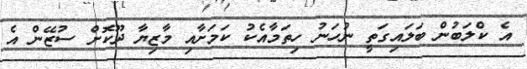
އެ ކްލަބުން ބަލައިގަތީ ނުހަނު ހިތަމާއެކު ކަމަށާއި މާޒިޔާ ދޫކޮށް ސުޒޭން އެ